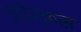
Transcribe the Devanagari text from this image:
इवेर्कस